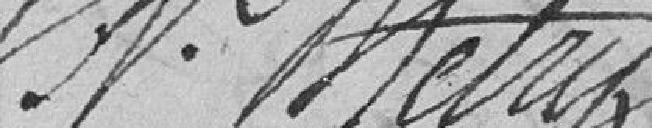
JN Metry